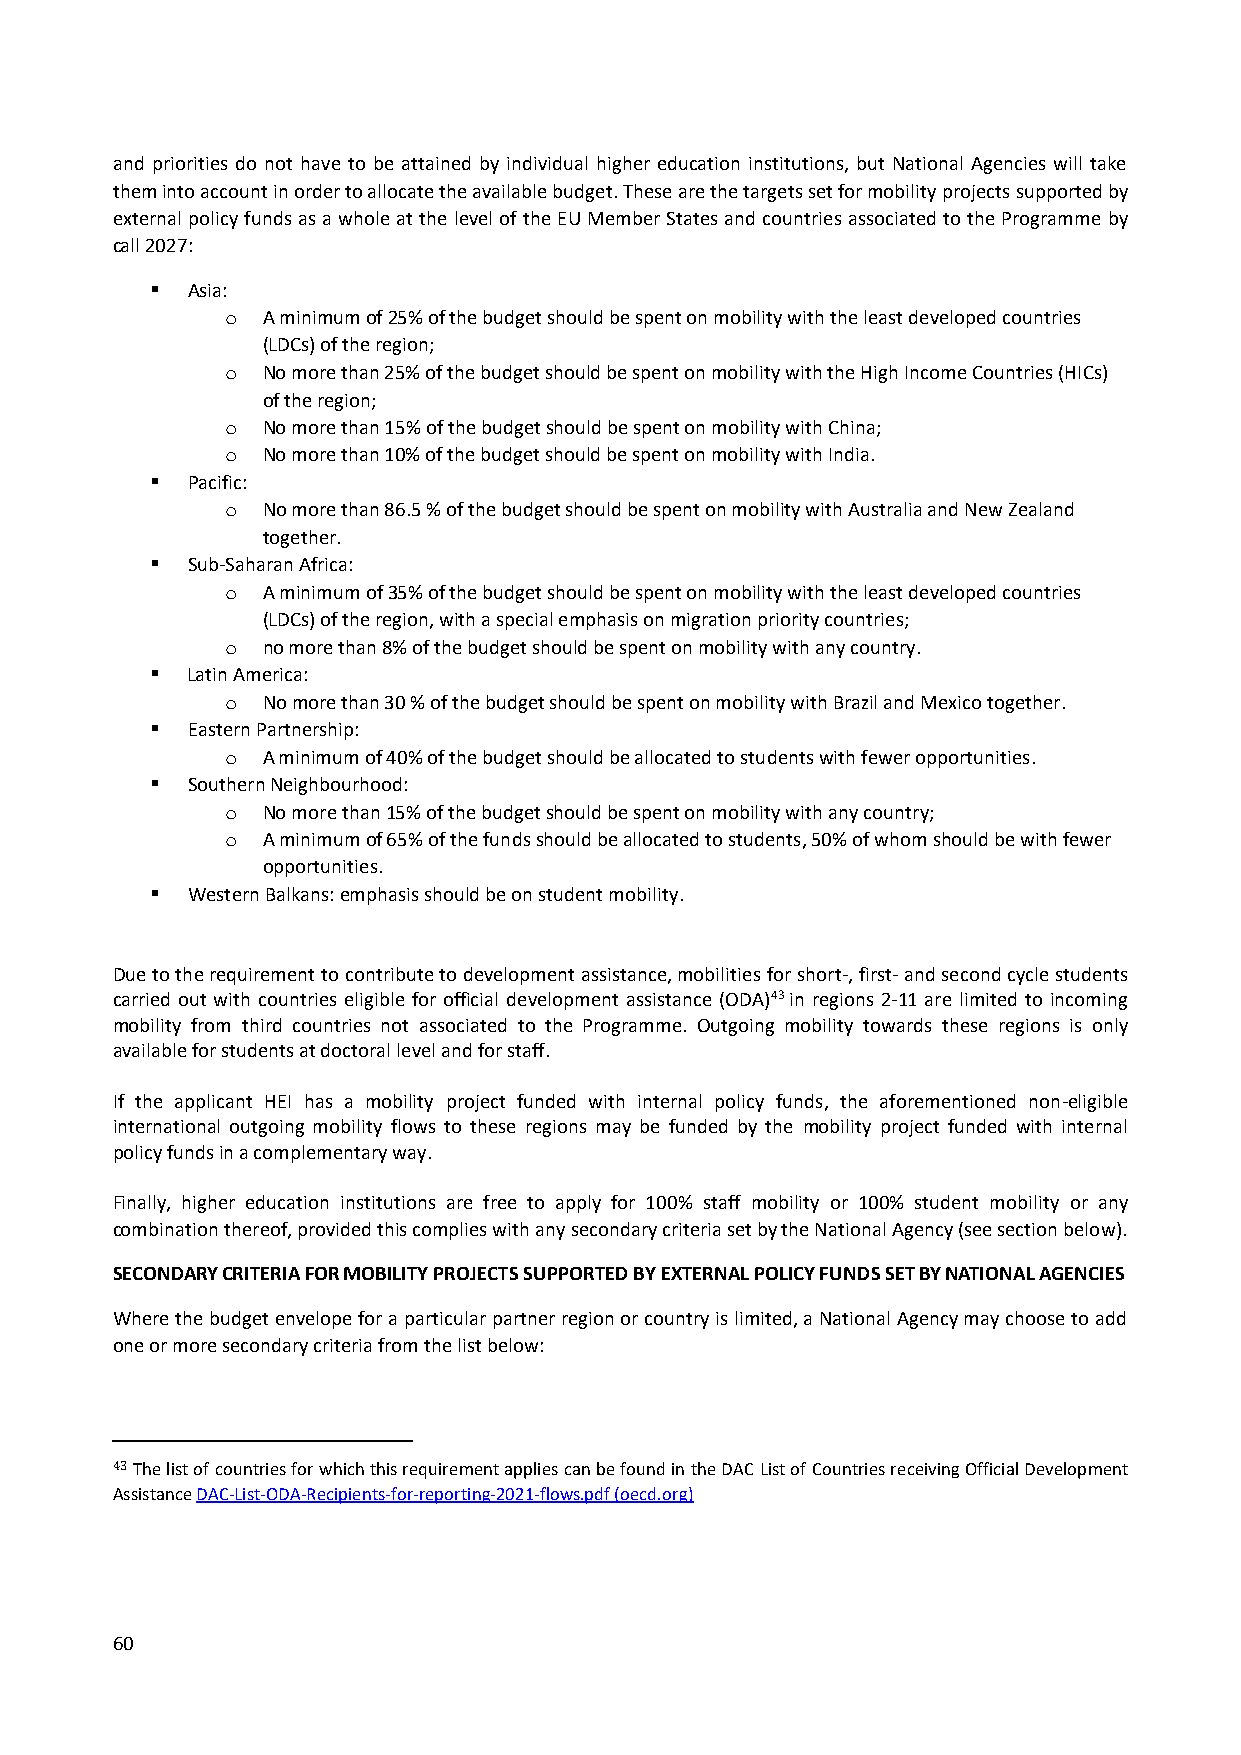
and priorities do not have to be attained by individual higher education institutions, but National Agencies will take
 them into account in order to allocate the available budget. These are the targets set for mobility projects supported by
 external policy funds as a whole at the level of the EU Member States and countries associated to the Programme by
 call 2027:
  Asia:
 o A minimum of 25% of the budget should be spent on mobility with the least developed countries
 (LDCs) of the region;
 o No more than 25% of the budget should be spent on mobility with the High Income Countries (HICs)
 of the region;
 o No more than 15% of the budget should be spent on mobility with China;
 o No more than 10% of the budget should be spent on mobility with India.
  Pacific:
 o No more than 86.5 % of the budget should be spent on mobility with Australia and New Zealand
 together.
  Sub-Saharan Africa:
 o A minimum of 35% of the budget should be spent on mobility with the least developed countries
 (LDCs) of the region, with a special emphasis on migration priority countries;
 o no more than 8% of the budget should be spent on mobility with any country.
  Latin America:
 o No more than 30 % of the budget should be spent on mobility with Brazil and Mexico together.
  Eastern Partnership:
 o A minimum of 40% of the budget should be allocated to students with fewer opportunities.
  Southern Neighbourhood:
 o No more than 15% of the budget should be spent on mobility with any country;
 o A minimum of 65% of the funds should be allocated to students, 50% of whom should be with fewer
 opportunities.
  Western Balkans: emphasis should be on student mobility.
 Due to the requirement to contribute to development assistance, mobilities for short-, first- and second cycle students
 carried out with countries eligible for official development assistance (ODA)43 in regions 2-11 are limited to incoming
 mobility from third countries not associated to the Programme. Outgoing mobility towards these regions is only
 available for students at doctoral level and for staff.
 If the applicant HEI has a mobility project funded with internal policy funds, the aforementioned non-eligible
 international outgoing mobility flows to these regions may be funded by the mobility project funded with internal
 policy funds in a complementary way.
 Finally, higher education institutions are free to apply for 100% staff mobility or 100% student mobility or any
 combination thereof, provided this complies with any secondary criteria set by the National Agency (see section below).
 SECONDARY CRITERIA FOR MOBILITY PROJECTS SUPPORTED BY EXTERNAL POLICY FUNDS SET BY NATIONAL AGENCIES
 Where the budget envelope for a particular partner region or country is limited, a National Agency may choose to add
 one or more secondary criteria from the list below:
 43 The list of countries for which this requirement applies can be found in the DAC List of Countries receiving Official Development
 Assistance DAC-List-ODA-Recipients-for-reporting-2021-flows.pdf (oecd.org)
 60